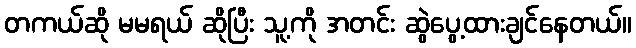
တကယ်ဆို မမရယ် ဆိုပြီး သူ့ကို အတင်း ဆွဲပွေ့ထားချင်နေတယ်။